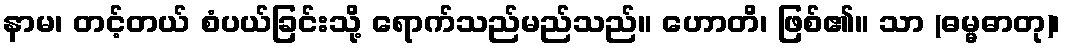
နာမ၊ တင့်တယ် စံပယ်ခြင်းသို့ ရောက်သည်မည်သည်။ ဟောတိ၊ ဖြစ်၏။ သာ (ဓမ္မဓာတု)၊